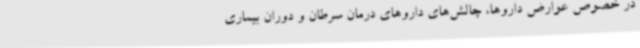
در خصوص عوارض داروها، چالش‌های داروهای درمان سرطان و دوران بیماری